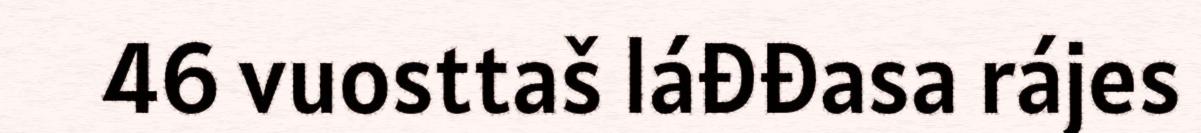
46 vuosttaš láđđasa rájes